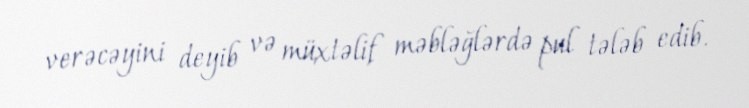
verəcəyini deyib və müxtəlif məbləğlərdə pul tələb edib.